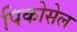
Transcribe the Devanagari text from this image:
पिकोसेल